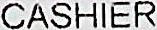
CASHIER